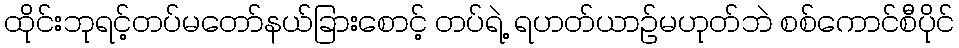
ထိုင်းဘုရင့်တပ်မတော်နယ်ခြားစောင့် တပ်ရဲ့ ရဟတ်ယာဉ်မဟုတ်ဘဲ စစ်ကောင်စီပိုင်